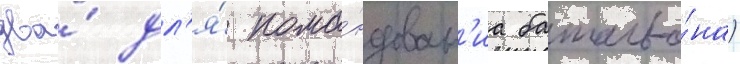
два́ дл'я́ кома́ндован'иа батальо́на)